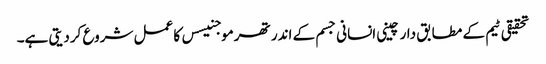
تحقیقی ٹیم کے مطابق دارچینی انسانی جسم کے اندر تھرموجنیسس کا عمل شروع کردیتی ہے۔